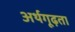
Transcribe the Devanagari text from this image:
अर्थगूढ़ता